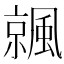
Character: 𩘁